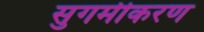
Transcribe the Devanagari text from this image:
सुगमीकरण